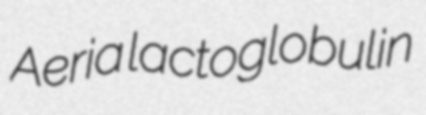
Aeria lactoglobulin